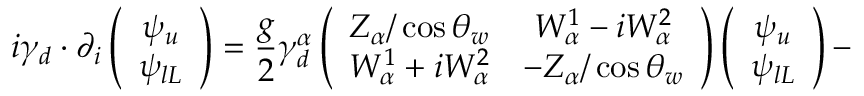
i \gamma _ { d } \cdot \partial _ { i } \left( \begin{array} { c } { { \psi _ { u } } } \\ { { \psi _ { l L } } } \end{array} \right) = \frac { g } { 2 } \gamma _ { d } ^ { \alpha } \left( \begin{array} { c c } { { Z _ { \alpha } / \cos \theta _ { w } } } & { { W _ { \alpha } ^ { 1 } - i W _ { \alpha } ^ { 2 } } } \\ { { W _ { \alpha } ^ { 1 } + i W _ { \alpha } ^ { 2 } } } & { { - Z _ { \alpha } / \cos \theta _ { w } } } \end{array} \right) \left( \begin{array} { c } { { \psi _ { u } } } \\ { { \psi _ { l L } } } \end{array} \right) -